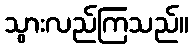
သွားလည်ကြသည်။